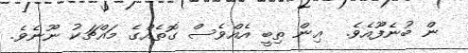
ން ބުނެފޫއެވެ.  އިން ތިބީ އެއްވެސް ގޮތެއްގެ މައްޗަކު ނޫނެވެ.